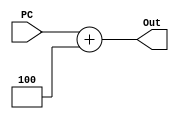
`timescale 1ns / 1ps
//////////////////////////////////////////////////////////////////////////////////
// Company: 
// Engineer: 
// 
// Design Name: 
// Module Name:    Adder 
// Project Name: 
// Target Devices: 
// Tool versions: 
// Description: 
//
// Dependencies: 
//
// Revision: 
// Revision 0.01 - File Created
// Additional Comments: 
//
//////////////////////////////////////////////////////////////////////////////////
module Adder(
	input wire [31:0] PC,
	output wire [31:0] Out
    );
	assign Out = PC + 32'h4;

endmodule